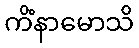
ကိံနာမောသိ